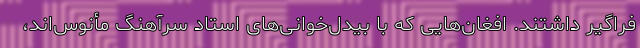
فراگیر داشتند. افغان‌هایی که با بیدل‌خوانی‌های استاد سرآهنگ مأنوس‌اند،